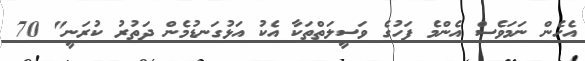
އެހެން ނަަމަވެސް އެންމެ ފަހުގެ ވަސީލަތްތަކާ އެކު އަޅުގަނޑުމެން ދަތުރު ކުރަނީ" 70